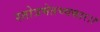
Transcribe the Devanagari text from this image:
स्तोत्रमेतच्चकार।।